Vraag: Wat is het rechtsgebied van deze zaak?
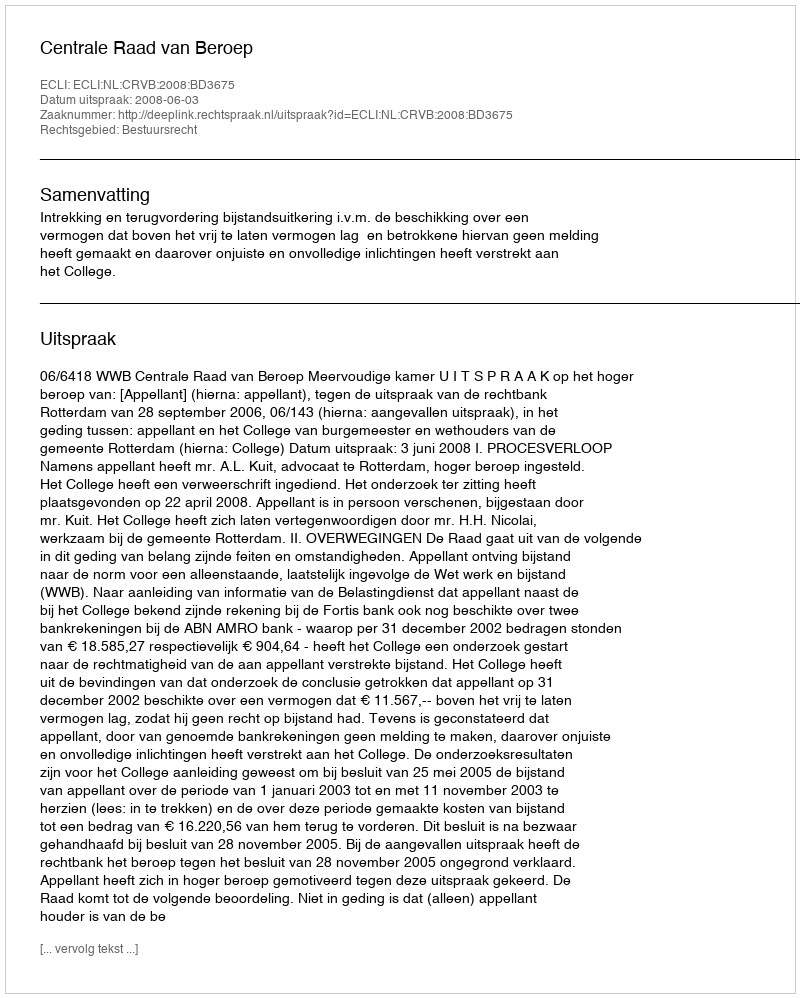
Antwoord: Bestuursrecht